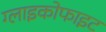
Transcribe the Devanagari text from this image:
ग्लाइकोफाइट